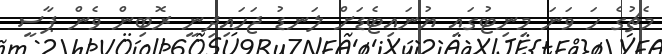
މެޗުގެ ހަ ވަނަ މިނިޓުގައި ޔުނައިޓެޑަށް ލަނޑު ޖަހައިދިނީ ރޮބިން ވެން ޕާސީ